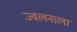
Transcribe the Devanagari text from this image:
ज्वलनाला